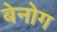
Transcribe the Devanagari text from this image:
बेनोग